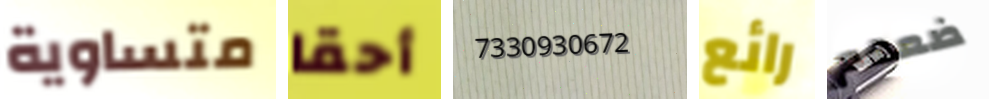
متساوية أحقا 7330930672 رائع ضعهم